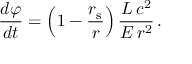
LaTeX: { \frac { d \varphi } { d t } } = \left( 1 - { \frac { r _ { \mathrm { { s } } } } { r } } \right) { \frac { L \, c ^ { 2 } } { E \, r ^ { 2 } } } \, .